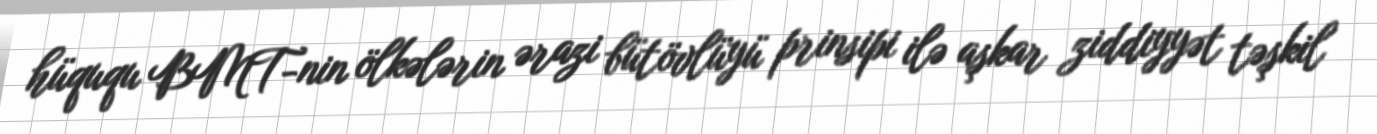
hüququ BMT-nin ölkələrin ərazi bütövlüyü prinsipi ilə aşkar ziddiyyət təşkil